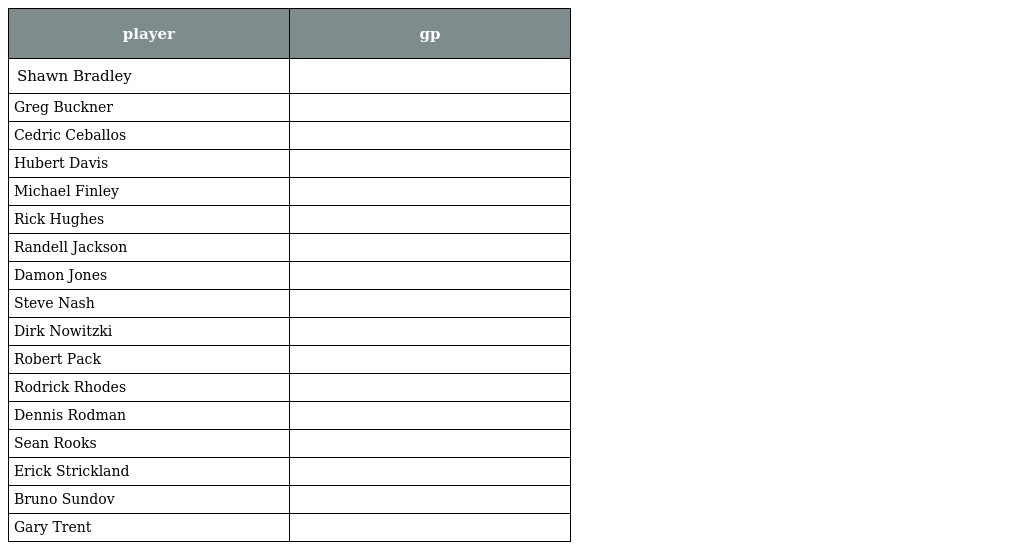
| player | gp |
 | --- | --- |
 | Shawn Bradley |  |
 | Greg Buckner |  |
 | Cedric Ceballos |  |
 | Hubert Davis |  |
 | Michael Finley |  |
 | Rick Hughes |  |
 | Randell Jackson |  |
 | Damon Jones |  |
 | Steve Nash |  |
 | Dirk Nowitzki |  |
 | Robert Pack |  |
 | Rodrick Rhodes |  |
 | Dennis Rodman |  |
 | Sean Rooks |  |
 | Erick Strickland |  |
 | Bruno Sundov |  |
 | Gary Trent |  |